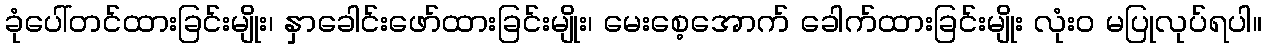
ခုံပေါ်တင်ထားခြင်းမျိုး၊ နှာခေါင်းဖော်ထားခြင်းမျိုး၊ မေးစေ့အောက် ခေါက်ထားခြင်းမျိုး လုံးဝ မပြုလုပ်ရပါ။